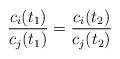
LaTeX: \begin{align*}\frac{c_i(t_1)}{c_j(t_1)} = \frac{c_i(t_2)}{c_j(t_2)}\end{align*}